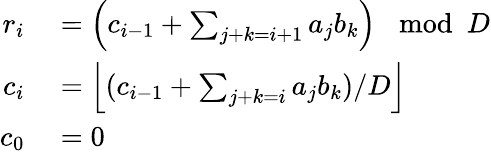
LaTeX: \begin{array}{rl}{r_{i}}&{{}=\left(c_{i-1}+\sum_{j+k=i+1}a_{j}b_{k}\right)\mod D}\\ {c_{i}}&{{}=\left\lfloor(c_{i-1}+\sum_{j+k=i}a_{j}b_{k})/D\right\rfloor}\\ {c_{0}}&{{}=0}\end{array}